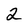
Character: 2